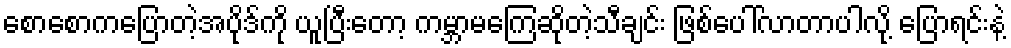
စောစောကပြောတဲ့အပိုဒ်ကို ယူပြီးတော့ ကမ္ဘာမကြေဆိုတဲ့သီချင်း ဖြစ်ပေါ်လာတာပါလို့ ပြောရင်းနဲ့